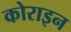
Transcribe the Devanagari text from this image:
कोराइन